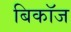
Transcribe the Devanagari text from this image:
बिकॉज